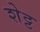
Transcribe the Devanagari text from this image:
शेट्ट